system: You are a helpful assistant.
user:
Analyze the provided spectrum to determine if it is a **Carbon Star (C-type)**.

- **Key Visual Indicators of Carbon Star:**
    - **(Primary):** Strong molecular absorption from **C₂ (diatomic carbon) "Swan Bands."** This is the **defining feature** of a carbon star.
        - **(Key Bandheads):** Sharp absorption edges are visible at approximately $5635$ Å, $5165$ Å (the strongest band), and $4737$ Å.
        - **(Line Profile):** Creates a distinct **"saw-tooth"** pattern. The key morphology is a sharp, steep bandhead on the **red (long-wavelength) side**, which then gradually tapers off (i.e., flux recovers) towards the **blue (short-wavelength) side**. *(This is the direct opposite of the TiO bands seen in M-type stars)*.

    - **(Secondary):** Intense **CN (cyanogen)** molecular absorption bands.
        - **(Key Bandheads):** Located in the blue and violet regions of the spectrum (e.g., near $4215$ Å and $3883$ Å).
        - **(Morphology):** These bands are extremely broad and act as a "blanket," absorbing the vast majority of blue and violet light. This creates a characteristic **"cliff"** or **"steep drop-off"** in the spectrum's flux at short wavelengths.

    - **(Key Confirmation):** Strong **CH absorption band (G-band)**.
        - **(Key Bandhead):** Located around $4300$ Å. The contribution from CH molecules to this band is exceptionally strong.

    - **(Overall Spectrum):**
        - The continuum is severely "chopped up" by these deep molecular bands, especially C₂, rather than appearing as a smooth curve.
        - Due to the heavy CN and C₂ absorption in the blue-green, the vast majority of the star's flux is concentrated in the red part of the spectrum, giving the star its characteristic deep red color.

Think first, call **spectral_visualization_tool** if needed to examine features in detail, then provide your final answer. Your response must adhere to the following strict rules:
1.  **Overall Structure:** Your response must follow the format `<think>...</think> <tool_call>...</tool_call> (if a tool is used) <answer>...</answer>`.
2.  **Tool Usage Constraint:** You may only make **one** tool call per turn.
3.  **Final Answer Format:** In the `<answer>` tag, your conclusion must be inside a `\boxed{}` command (e.g., `\boxed{YES}`), followed by your justification.

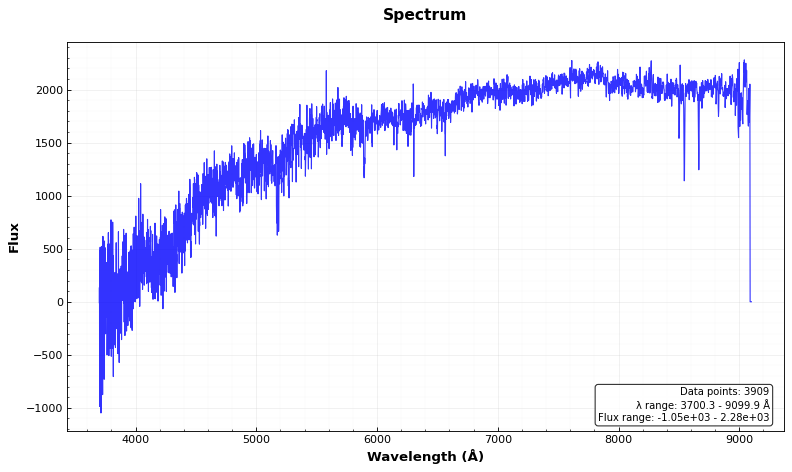
Answer: NO